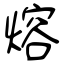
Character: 熔